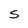
Character: S